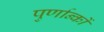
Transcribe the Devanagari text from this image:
पुर्णान्कों